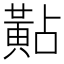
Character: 黇